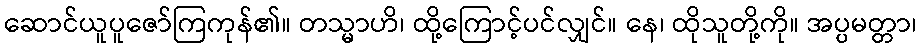
ဆောင်ယူပူဇော်ကြကုန်၏။ တသ္မာဟိ၊ ထို့ကြောင့်ပင်လျှင်။ နေ၊ ထိုသူတို့ကို။ အပ္ပမတ္တာ၊